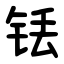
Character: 铥